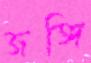
জঙ্গি